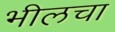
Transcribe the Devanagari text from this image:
भीलचा